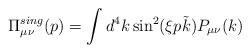
LaTeX: \begin{align*}\Pi_{\mu \nu}^{sing}(p)= \int d^4k \sin^2(\xi p \tilde{k})P_{\mu \nu}(k) \end{align*}